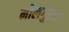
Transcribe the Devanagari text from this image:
मोलगुला